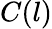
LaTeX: C(l)